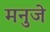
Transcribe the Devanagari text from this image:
मनुजे